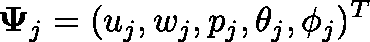
\mathbf { \Psi } _ { j } = ( u _ { j } , w _ { j } , p _ { j } , \theta _ { j } , \phi _ { j } ) ^ { T }